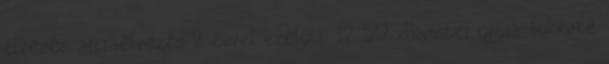
élvezés, arcraélvezés 2 évvel ezelőtt 12:59 xHamster orgia, bukkake